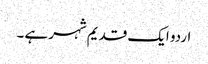
اردو ایک قدیم شہر ہے ۔